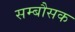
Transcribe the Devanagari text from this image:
सम्बौसक